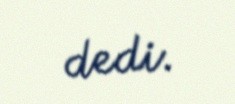
dedi.